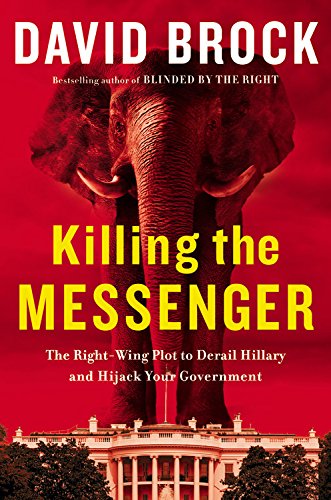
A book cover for Killing the Messenger: The Right-Wing Plot to Derail Hillary and Hijack Your Government; David Brock; Politics & Social Sciences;